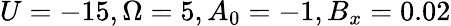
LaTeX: U=-15,\Omega=5,A_{0}=-1,B_{x}=0.02